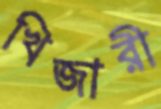
খিজারী